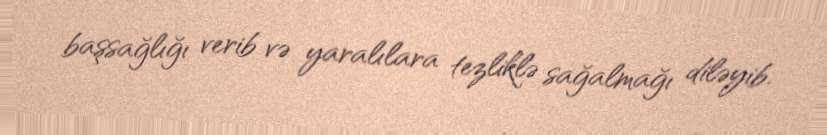
başsağlığı verib və yaralılara tezliklə sağalmağı diləyib.